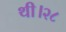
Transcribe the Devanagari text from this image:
थी।२८